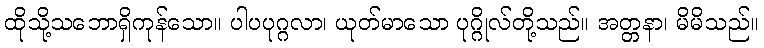
ထိုသို့သဘောရှိကုန်သော။ ပါပပုဂ္ဂလာ၊ ယုတ်မာသော ပုဂ္ဂိုလ်တို့သည်။ အတ္တနာ၊ မိမိသည်။